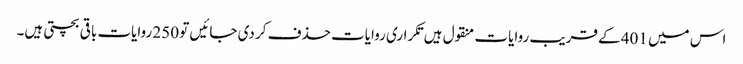
اس میں 401 کے قریب روایات منقول ہیں تکراری روایات حذف کر دی جائیں تو 250 روایات باقی بچتی ہیں۔